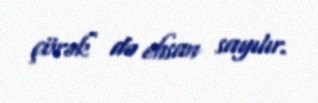
çörək də ehsan sayılır.